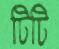
টিটি